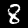
Digit: 8